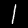
Label: 1